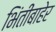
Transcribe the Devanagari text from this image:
भिंतींबाहेर